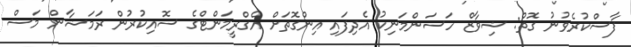
ފާސްކުރެވުނު ގޮތް: ޝިވާޒް ހަސަންމަނިކު އެދިފައި އިންގޮތަށް އެގްރީމަންޓްގެ ސޮއިކުރުން ރަމަޟާން މަސް